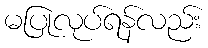
မပြုလုပ်ရန်လည်း